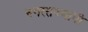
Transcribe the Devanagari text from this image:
नगरराज्यांनी